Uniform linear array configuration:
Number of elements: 16
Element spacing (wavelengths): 0.5
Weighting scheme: kaiser
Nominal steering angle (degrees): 0
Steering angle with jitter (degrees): -0.8514
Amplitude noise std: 0.05
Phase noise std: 0.05

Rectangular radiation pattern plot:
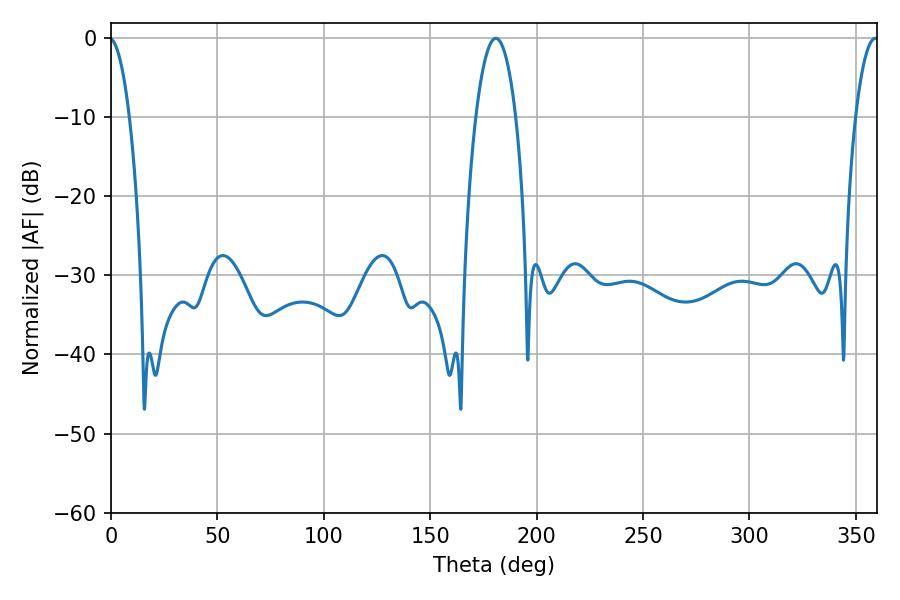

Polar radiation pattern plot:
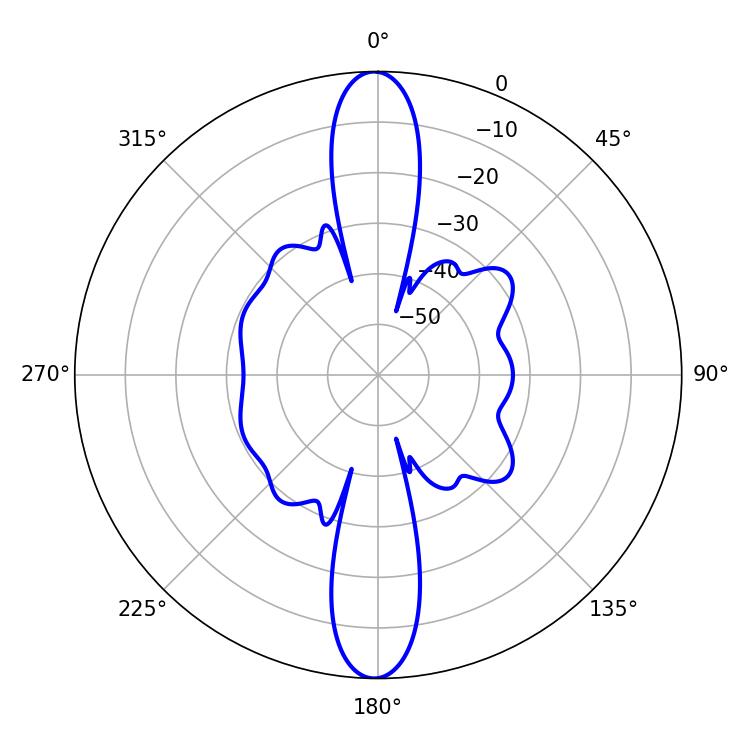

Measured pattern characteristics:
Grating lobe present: FALSE
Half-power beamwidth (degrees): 10.62
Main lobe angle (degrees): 180.9